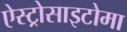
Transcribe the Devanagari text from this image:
ऐस्ट्रोसाइटोमा